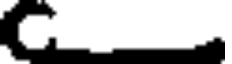
C